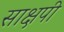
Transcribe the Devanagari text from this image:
साक्षपी